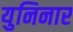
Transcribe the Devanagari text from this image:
युनिनार